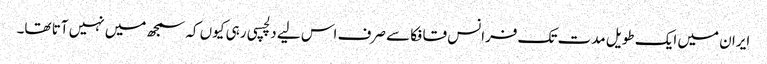
ایران میں ایک طویل مدت تک فرانس قافکا سے صرف اس لیے دلچسپی رہی کیوں کہ سمجھ میں نہیں آتا تھا۔